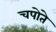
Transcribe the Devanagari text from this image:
चपोते